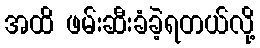
အထိ ဖမ်းဆီးခံခဲ့ရတယ်လို့